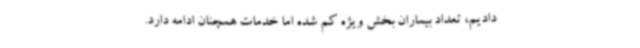
دادیم، تعداد بیماران بخش ویژه کم شده اما خدمات همچنان ادامه دارد.